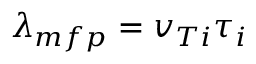
\lambda _ { m f p } = v _ { T i } \tau _ { i }